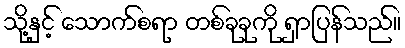
သို့နှင့် သောက်စရာ တစ်ခုခုကို ရှာပြန်သည်။